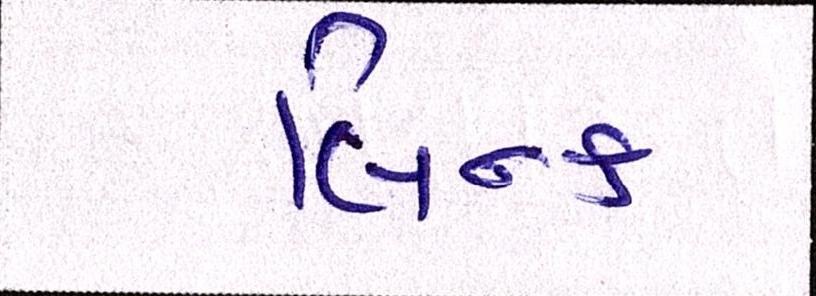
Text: લિન્ક